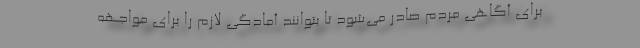
برای آگاهی مردم صادر می‌شود تا بتوانند آمادگی لازم را برای مواجهه